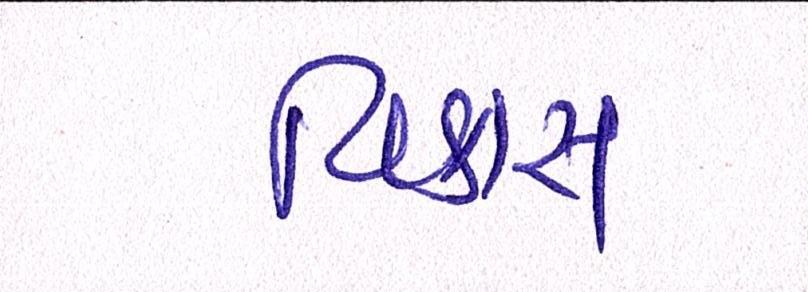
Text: વિકાસ